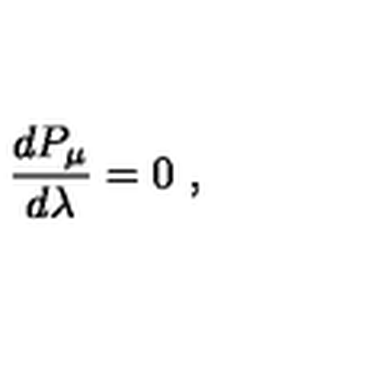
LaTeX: { \frac { d P _ { \mu } } { d \lambda } } = 0 \ ,